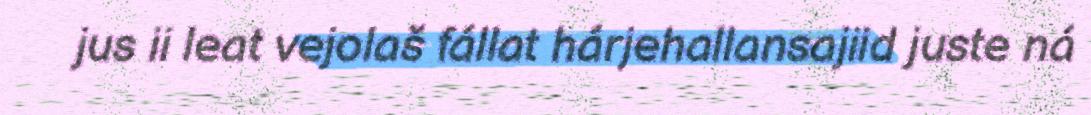
jus ii leat vejolaš fállat hárjehallansajiid juste ná